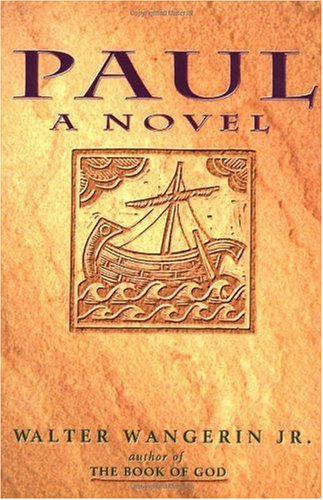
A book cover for Paul: A Novel; Walter Wangerin; Christian Books & Bibles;